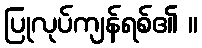
ပြုလုပ်ကျန်ရစ်၏ ။